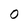
Character: O